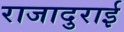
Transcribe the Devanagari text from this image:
राजादुराई